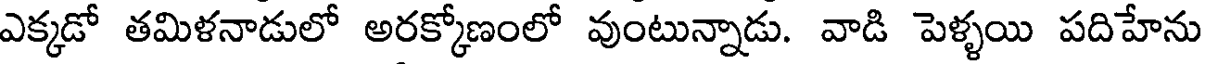
ఎక్కడో తమిళనాడులో అరక్కోణంలో వుంటున్నాడు. వాడి పెళ్ళయి పదిహేను